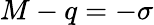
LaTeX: M-q=-\sigma